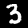
Label: 3